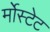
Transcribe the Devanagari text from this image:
र्मोस्टेट